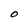
Character: O